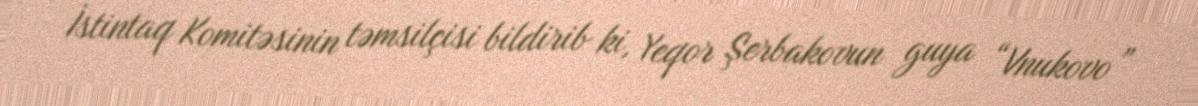
İstintaq Komitəsinin təmsilçisi bildirib ki, Yeqor Şerbakovun guya “Vnukovo”